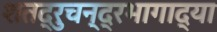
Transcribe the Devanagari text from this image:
शतद्रुचन्द्रभागाद्या